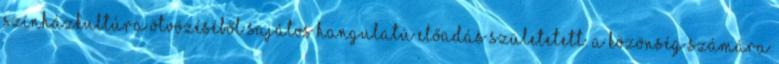
színházkultúra ötvözéséből sajátos hangulatú előadás születetett. A közönség számára